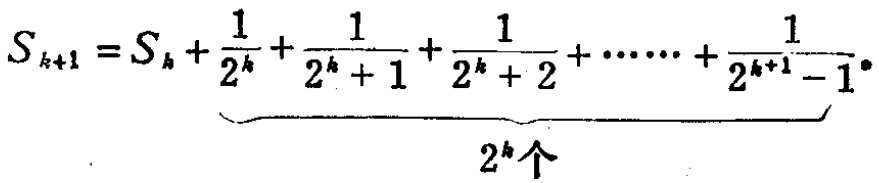
\[
S_{k + 1} = S_{k}+\underbrace{\frac{1}{2^{k}}+\frac{1}{2^{k}+1}+\frac{1}{2^{k}+2}+\cdots\cdots+\frac{1}{2^{k + 1}-1}}_{2^{k}\text{个}}
\]